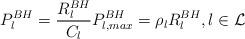
LaTeX: \begin{align*}P_l^{BH} = \frac{R_l^{BH}}{C_l} P_{l,max}^{BH} = \rho_l R_l^{BH}, l \in \mathcal{L}\end{align*}